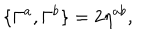
\{ \Gamma ^ { a } , \Gamma ^ { b } \} = 2 \eta ^ { a b } ,